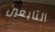
التابعين